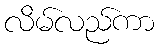
လိမ်လည်ကာ